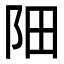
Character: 䧃